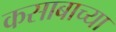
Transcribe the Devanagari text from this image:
कसाबाच्या